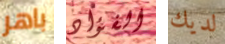
باهر الفؤاد لديك